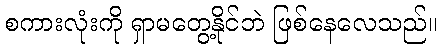
စကားလုံးကို ရှာမတွေ့နိုင်ဘဲ ဖြစ်နေလေသည်။